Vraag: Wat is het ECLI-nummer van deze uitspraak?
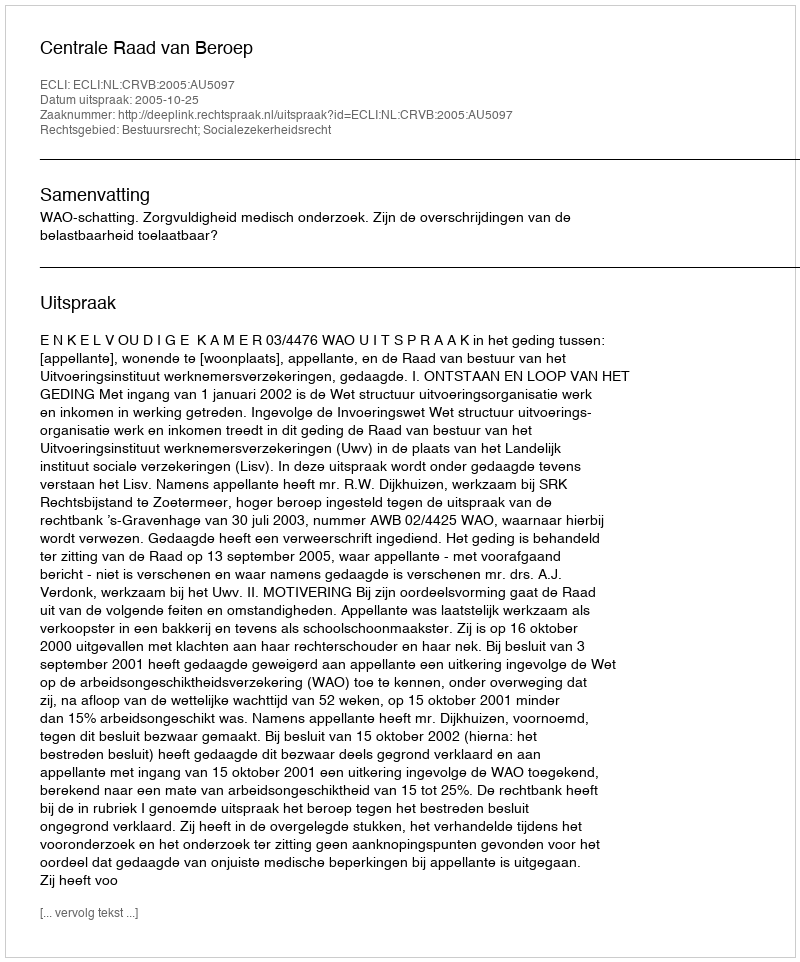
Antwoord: ECLI:NL:CRVB:2005:AU5097